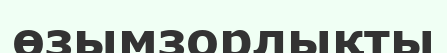
өзымзорлықты